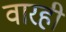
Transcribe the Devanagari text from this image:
वारही